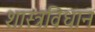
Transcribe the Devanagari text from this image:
शास्त्रविधान